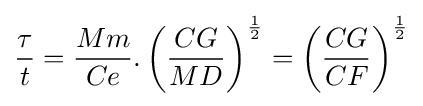
{\frac {\tau }{t}}={\frac {Mm}{Ce}}.\left({\frac {CG}{MD}}\right)^{\frac {1}{2}}=\left({\frac {CG}{CF}}\right)^{\frac {1}{2}}